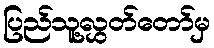
ပြည်သူ့လွှတ်တော်မှ